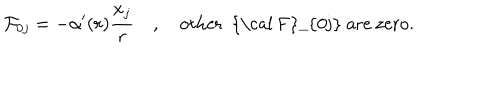
LaTeX: { \cal F } _ { 0 j } = - \alpha ^ { \prime } ( r ) \frac { x _ { j } } r \quad , \quad \mathrm { o t h e r ~ { \cal ~ F } _ { 0 j } ~ a r e ~ z e r o } .